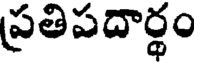
ప్రతిపదార్థం